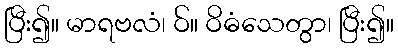
ပြီး၍။ မာရဗလံ၊ ဝ်။ ဝိဓံသေတွာ၊ ပြီး၍။